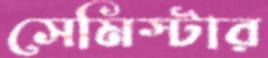
সেমিস্টার